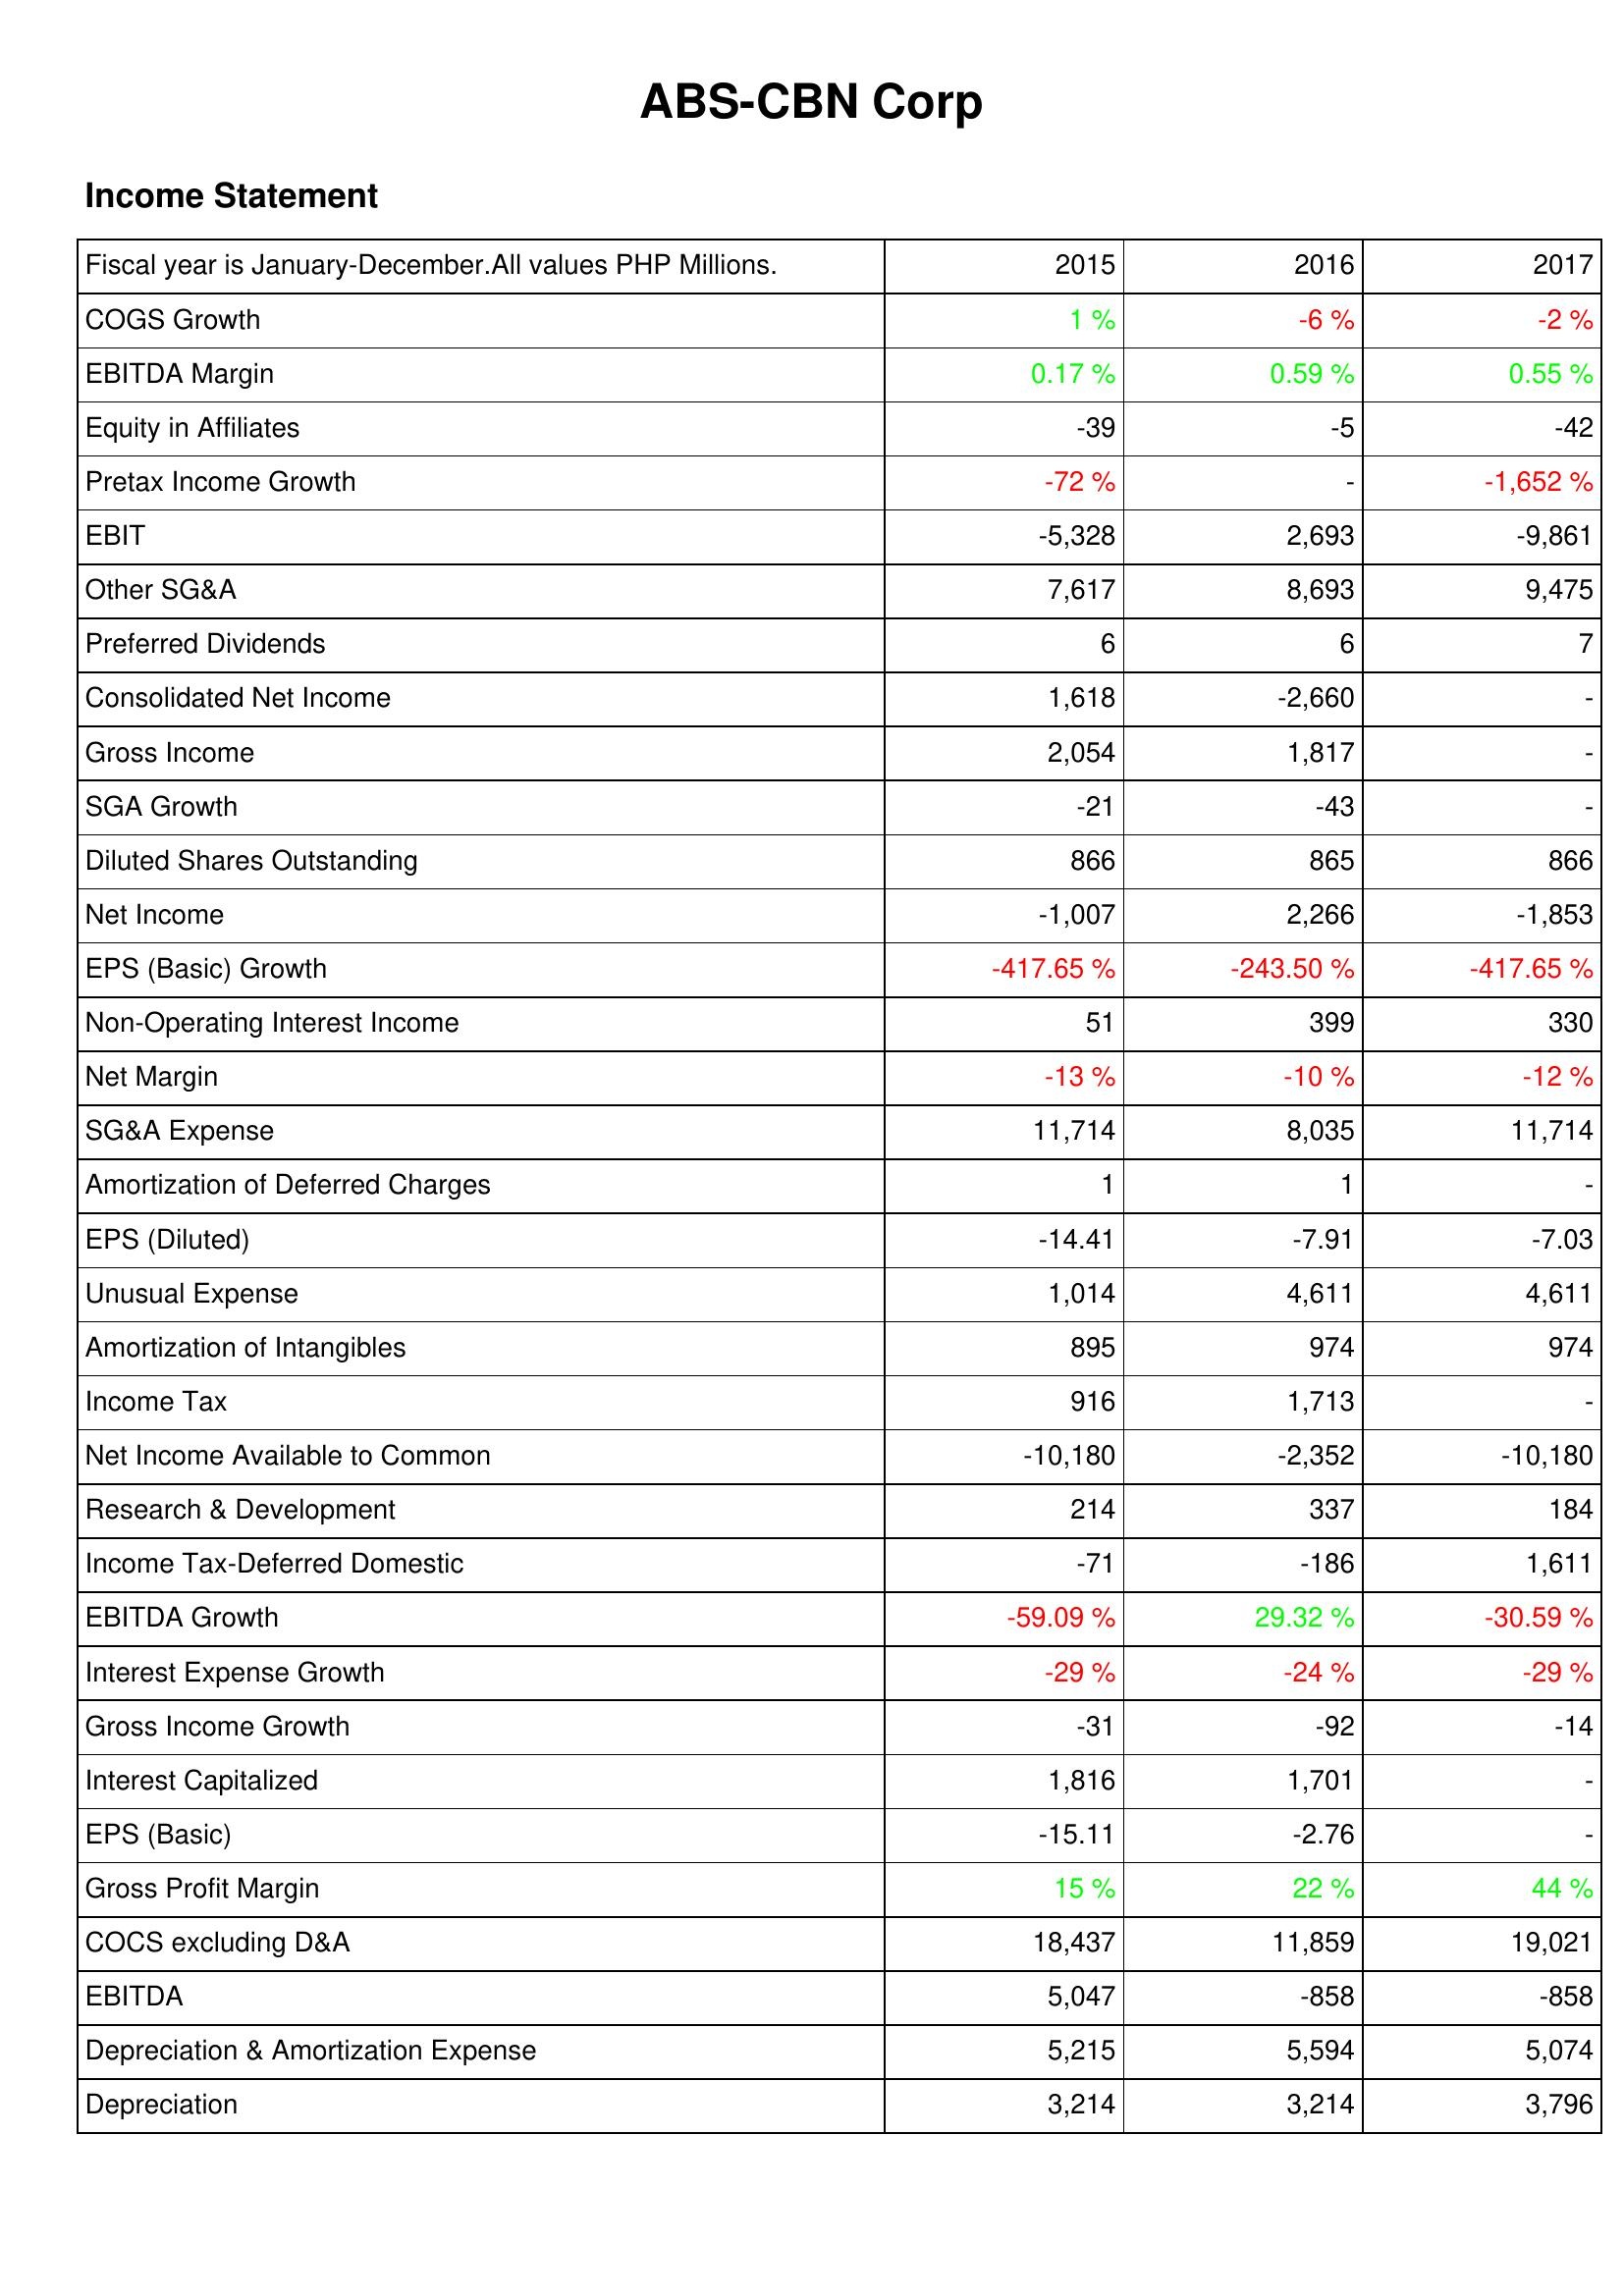
2015: Income Statement: COGS Growth: 1 %
EBITDA Margin: 0.17 %
Equity in Affiliates: -39
Pretax Income Growth: -72 %
EBIT: -5,328
Other SG&A: 7,617
Preferred Dividends: 6
Consolidated Net Income: 1,618
Gross Income: 2,054
SGA Growth: -21
Diluted Shares Outstanding: 866
Net Income: -1,007
EPS (Basic) Growth: -417.65 %
Non-Operating Interest Income: 51
Net Margin: -13 %
SG&A Expense: 11,714
Amortization of Deferred Charges: 1
EPS (Diluted): -14.41
Unusual Expense: 1,014
Amortization of Intangibles: 895
Income Tax: 916
Net Income Available to Common: -10,180
Research & Development: 214
Income Tax-Deferred Domestic: -71
EBITDA Growth: -59.09 %
Interest Expense Growth: -29 %
Gross Income Growth: -31
Interest Capitalized: 1,816
EPS (Basic): -15.11
Gross Profit Margin: 15 %
COCS excluding D&A: 18,437
EBITDA: 5,047
Depreciation & Amortization Expense: 5,215
Depreciation: 3,214
2016: Income Statement: COGS Growth: -6 %
EBITDA Margin: 0.59 %
Equity in Affiliates: -5
Pretax Income Growth: -
EBIT: 2,693
Other SG&A: 8,693
Preferred Dividends: 6
Consolidated Net Income: -2,660
Gross Income: 1,817
SGA Growth: -43
Diluted Shares Outstanding: 865
Net Income: 2,266
EPS (Basic) Growth: -243.50 %
Non-Operating Interest Income: 399
Net Margin: -10 %
SG&A Expense: 8,035
Amortization of Deferred Charges: 1
EPS (Diluted): -7.91
Unusual Expense: 4,611
Amortization of Intangibles: 974
Income Tax: 1,713
Net Income Available to Common: -2,352
Research & Development: 337
Income Tax-Deferred Domestic: -186
EBITDA Growth: 29.32 %
Interest Expense Growth: -24 %
Gross Income Growth: -92
Interest Capitalized: 1,701
EPS (Basic): -2.76
Gross Profit Margin: 22 %
COCS excluding D&A: 11,859
EBITDA: -858
Depreciation & Amortization Expense: 5,594
Depreciation: 3,214
2017: Income Statement: COGS Growth: -2 %
EBITDA Margin: 0.55 %
Equity in Affiliates: -42
Pretax Income Growth: -1,652 %
EBIT: -9,861
Other SG&A: 9,475
Preferred Dividends: 7
Consolidated Net Income: -
Gross Income: -
SGA Growth: -
Diluted Shares Outstanding: 866
Net Income: -1,853
EPS (Basic) Growth: -417.65 %
Non-Operating Interest Income: 330
Net Margin: -12 %
SG&A Expense: 11,714
Amortization of Deferred Charges: -
EPS (Diluted): -7.03
Unusual Expense: 4,611
Amortization of Intangibles: 974
Income Tax: -
Net Income Available to Common: -10,180
Research & Development: 184
Income Tax-Deferred Domestic: 1,611
EBITDA Growth: -30.59 %
Interest Expense Growth: -29 %
Gross Income Growth: -14
Interest Capitalized: -
EPS (Basic): -
Gross Profit Margin: 44 %
COCS excluding D&A: 19,021
EBITDA: -858
Depreciation & Amortization Expense: 5,074
Depreciation: 3,796